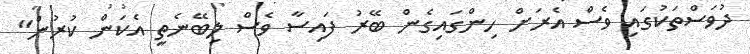
ދުވަސްތަކުގައި ވެސް އެރަށް ހިންގައިގެން ބޭރު ފައިސާ ވެސް ލިބޭނެތީ އެކަން ކުރުން"